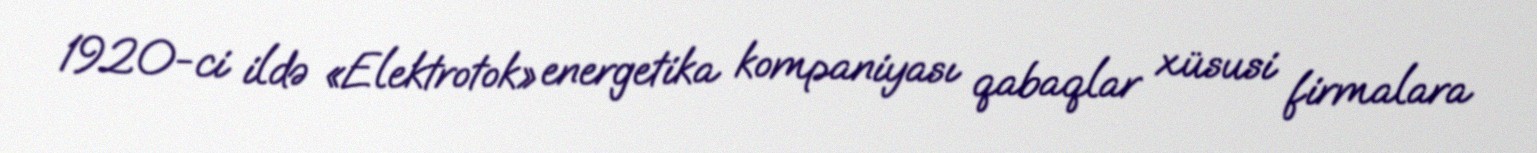
1920-ci ildə «Elektrotok» energetika kompaniyası qabaqlar xüsusi firmalara